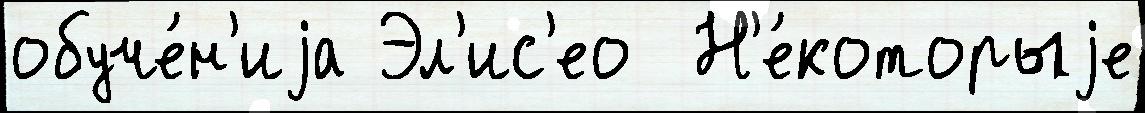
обуче́н'иjа Эл'ис'ео  Н'е́которыjе